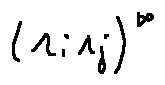
( r _ { i } r _ { j } ) ^ { \infty }